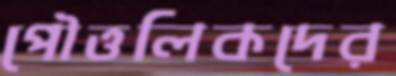
পৌত্তলিকদের